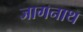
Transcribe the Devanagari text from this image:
जागनाथ